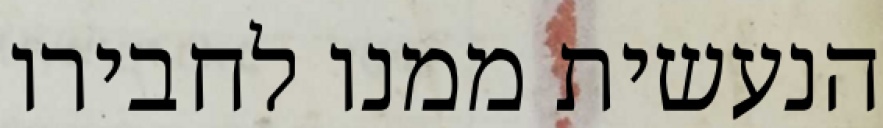
הנעשית ממנו לחבירו